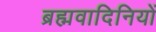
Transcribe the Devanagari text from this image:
ब्रह्मवादिनियों